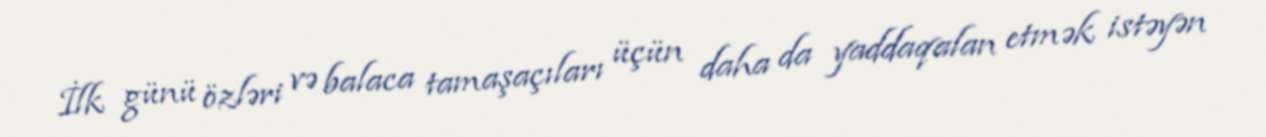
İlk günü özləri və balaca tamaşaçıları üçün daha da yaddaqalan etmək istəyən